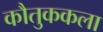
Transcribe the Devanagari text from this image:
कौतुककला